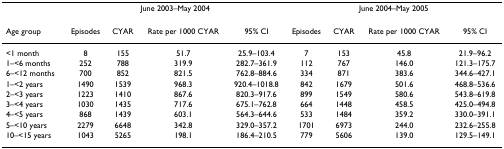
|  | <COLSPAN=4> June 2003–May 2004 | <COLSPAN=4> June 2004–May 2005 |
 | --- | --- | --- | --- | --- | --- | --- | --- | --- |
 | Age group | Episodes | CYAR | Rate per 1000 CYAR | 95% CI | Episodes | CYAR | Rate per 1000 CYAR | 95% CI |
 | <1 month | 8 | 155 | 51.7 | 25.9–103.4 | 7 | 153 | 45.8 | 21.9–96.2 |
 | 1–<6 months | 252 | 788 | 319.9 | 282.7–361.9 | 112 | 767 | 146.0 | 121.3–175.7 |
 | 6–<12 months | 700 | 852 | 821.5 | 762.8–884.6 | 334 | 871 | 383.6 | 344.6–427.1 |
 | 1–<2 years | 1490 | 1539 | 968.3 | 920.4–1018.8 | 842 | 1679 | 501.6 | 468.8–536.6 |
 | 2–<3 years | 1223 | 1410 | 867.6 | 820.3–917.6 | 899 | 1549 | 580.6 | 543.8–619.8 |
 | 3–<4 years | 1030 | 1435 | 717.6 | 675.1–762.8 | 664 | 1448 | 458.5 | 425.0–494.8 |
 | 4–<5 years | 868 | 1439 | 603.1 | 564.3–644.6 | 533 | 1484 | 359.2 | 330.0–391.1 |
 | 5–<10 years | 2279 | 6648 | 342.8 | 329.0–357.2 | 1701 | 6973 | 244.0 | 232.6–255.8 |
 | 10–<15 years | 1043 | 5265 | 198.1 | 186.4–210.5 | 779 | 5606 | 139.0 | 129.5–149.1 |